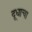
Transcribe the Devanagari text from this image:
दूधाचा